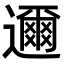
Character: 邇